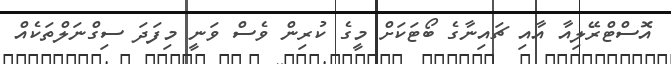
އޮސްޓްރޭލިއާ އާއި ޗައިނާގެ ބޯޓަކަށް މީގެ ކުރިން ވެސް ވަނީ މިފަދަ ސިގްނަލްތަކެއް